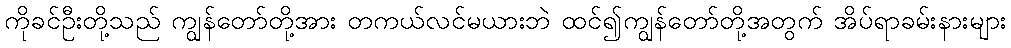
ကိုခင်ဦးတို့သည် ကျွန်တော်တို့အား တကယ်လင်မယားဘဲ ထင်၍ကျွန်တော်တို့အတွက် အိပ်ရာခမ်းနားများ